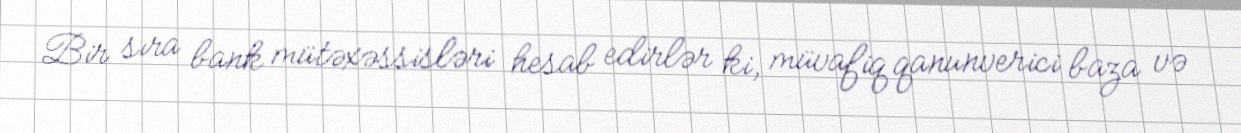
Bir sıra bank mütəxəssisləri hesab edirlər ki, müvafiq qanunverici baza və